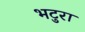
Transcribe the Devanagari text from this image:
भटुरा